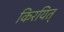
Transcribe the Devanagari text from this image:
किरयित्